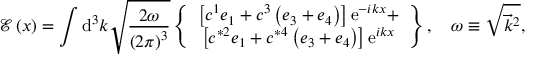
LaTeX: \mathcal { E } \left( x \right) = \int \mathrm { d } ^ { 3 } k \sqrt { \frac { 2 \omega } { \left( 2 \pi \right) ^ { 3 } } } \left\{ \begin{array} { c } { { \left[ c ^ { 1 } e _ { 1 } + c ^ { 3 } \left( e _ { 3 } + e _ { 4 } \right) \right] \mathrm { e } ^ { - i k x } + } } \\ { { \left[ c ^ { * 2 } e _ { 1 } + c ^ { * 4 } \left( e _ { 3 } + e _ { 4 } \right) \right] \mathrm { e } ^ { i k x } } } \end{array} \right\} , \quad \omega \equiv \sqrt { \overrightarrow { k } ^ { 2 } } ,